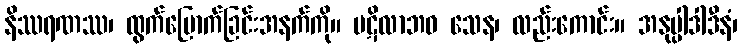
နိဿရဏဿ၊ ထွက်မြောက်ခြင်းအနက်ကို။ ပဋိလာဘဝ သေန၊ လည်းကောင်း။ အနုပ္ပါဒါဒီနံ၊